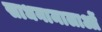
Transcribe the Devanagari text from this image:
साधनामालाओं